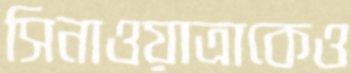
সিনাওয়াত্রাকেও